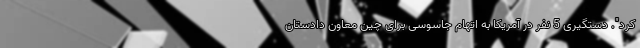
کرد". دستگیری 5 نفر در آمریکا به اتهام جاسوسی برای چین معاون دادستان